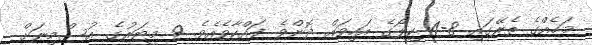
މަހެއްގެ ތެރޭގައި 8-4 ކިލޯގެ އަހިވައް ދޮންވެ ފައްކާވެއެވެ. 9 މީޓަރުގެ އުސްމިނަށް